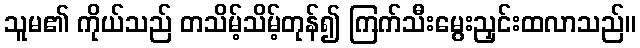
သူမ၏ ကိုယ်သည် တသိမ့်သိမ့်တုန်၍ ကြက်သီးမွေးညှင်းထလာသည်။